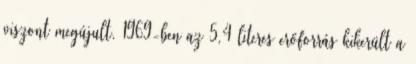
viszont megújult. 1969-ben az 5,4 literes erőforrás kikerült a